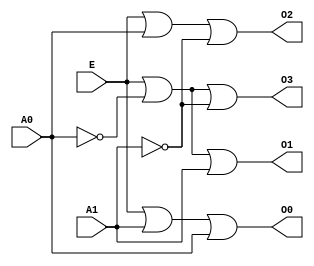
module decoder_2_to_4_139(input E, A0, A1, output O0, O1, O2, O3);

	//This module recreates the functionality of the 74139 2-to-4 line decoder.
	
	assign O0 = E || A1 || A0;

	assign O1 = E || !A0 || A1;
	
	assign O2 = E || A0 || !A1;
	
	assign O3 = E || !A0 || !A1;
	
endmodule